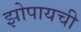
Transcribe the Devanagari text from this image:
झोपायची